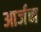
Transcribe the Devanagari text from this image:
आर्जन